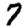
Digit: 7